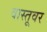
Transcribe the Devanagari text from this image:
वास्तूवर